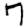
Digit: 7